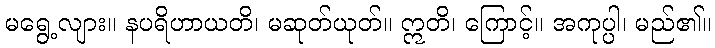
မရွေ့လျား။ နပရိဟာယတိ၊ မဆုတ်ယုတ်။ ဣတိ၊ ကြောင့်။ အကုပ္ပါ၊ မည်၏။